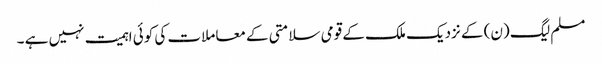
مسلم لیگ (ن) کے نزدیک ملک کے قومی سلامتی کے معاملات کی کوئی اہمیت نہیں ہے ۔